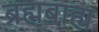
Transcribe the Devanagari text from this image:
ब्रह्मबाह्य